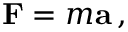
\mathbf { F } = m \mathbf { a } \, ,